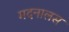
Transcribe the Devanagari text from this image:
मदनालस